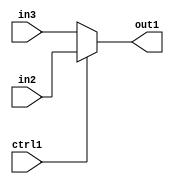
`timescale 1ps / 1ps
/*****************************************************************************
    Verilog RTL Description
    
    
    Created by: Stratus DpOpt 21.05.01 
*******************************************************************************/

module SobelFilter_N_Mux_8_2_2_4 (
	in3,
	in2,
	ctrl1,
	out1
	); /* architecture "behavioural" */ 
input [7:0] in3,
	in2;
input  ctrl1;
output [7:0] out1;
wire [7:0] asc001;

reg [7:0] asc001_tmp_0;
assign asc001 = asc001_tmp_0;
always @ (ctrl1 or in2 or in3) begin
	case (ctrl1)
		1'B1 : asc001_tmp_0 = in2 ;
		default : asc001_tmp_0 = in3 ;
	endcase
end

assign out1 = asc001;
endmodule

/* CADENCE  uLP5TQ8= : u9/ySxbfrwZIxEzHVQQV8Q== ** DO NOT EDIT THIS LINE ******/